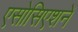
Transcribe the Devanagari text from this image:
एसोसिएशनें